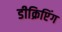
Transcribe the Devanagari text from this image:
डीक्रिप्टिंग